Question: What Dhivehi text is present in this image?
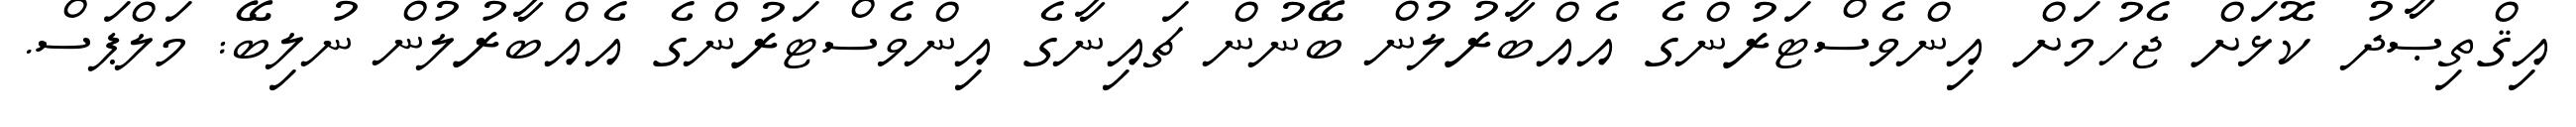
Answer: އިޤްތިޞާދު ކޮޅަށް ޖެހުމަށް އިންވެސްޓަރުންގެ އެއްބާރުލުން ބޭނުން ޗައިނާގެ އިންވެސްޓަރުންގެ އެއްބާރުލުން ނުލިބޭ: މަލްޕަސް.